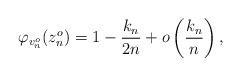
LaTeX: \begin{align*}\varphi_{v^o_n}(z^o_n)= 1 - \frac{k_n}{2n}+o\left(\frac{k_n}{n}\right),\end{align*}